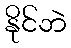
နိုင်ဘဲ